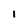
Character: 1